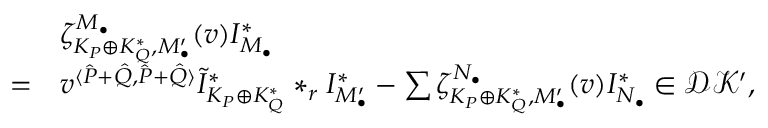
\begin{array} { r l } & { \zeta _ { K _ { P } \oplus K _ { Q } ^ { * } , M _ { \bullet } ^ { \prime } } ^ { M _ { \bullet } } ( v ) I _ { M _ { \bullet } } ^ { * } } \\ { = } & { v ^ { \langle \hat { P } + \hat { Q } , \hat { P } + \hat { Q } \rangle } \tilde { I } _ { K _ { P } \oplus K _ { Q } ^ { * } } ^ { * } * _ { r } I _ { M _ { \bullet } ^ { \prime } } ^ { * } - \sum \zeta _ { K _ { P } \oplus K _ { Q } ^ { * } , M _ { \bullet } ^ { \prime } } ^ { N _ { \bullet } } ( v ) I _ { N _ { \bullet } } ^ { * } \in { \mathcal D } { \mathcal K } ^ { \prime } , } \end{array}